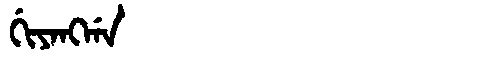
Manchu: ᡤᡳᠶᠠᠩᡤᠠ
Romanization: GIYANGGA